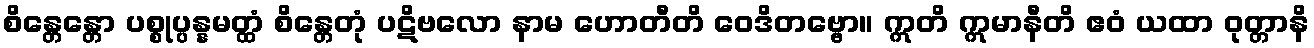
စိန္တေန္တော ပစ္စုပ္ပန္နမတ္ထံ စိန္တေတုံ ပဋိဗလော နာမ ဟောတီတိ ဝေဒိတဗ္ဗော။ ဣတိ ဣမာနီတိ ဧဝံ ယထာ ဝုတ္တာနိ